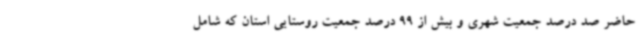
حاضر صد درصد جمعیت شهری و بیش از 99 درصد جمعیت روستایی استان که شامل